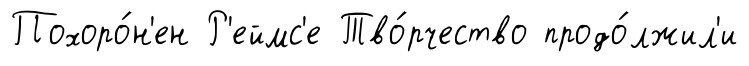
Похоро́н'ен Р'еймс'е Тво́рчество продо́лжил'и